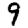
Digit: 9